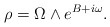
\begin{align*}\rho = \Omega\wedge e^{B+ i \omega}.\end{align*}